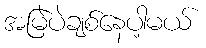
အမြဲပဲချစ်နေပါ့မယ်